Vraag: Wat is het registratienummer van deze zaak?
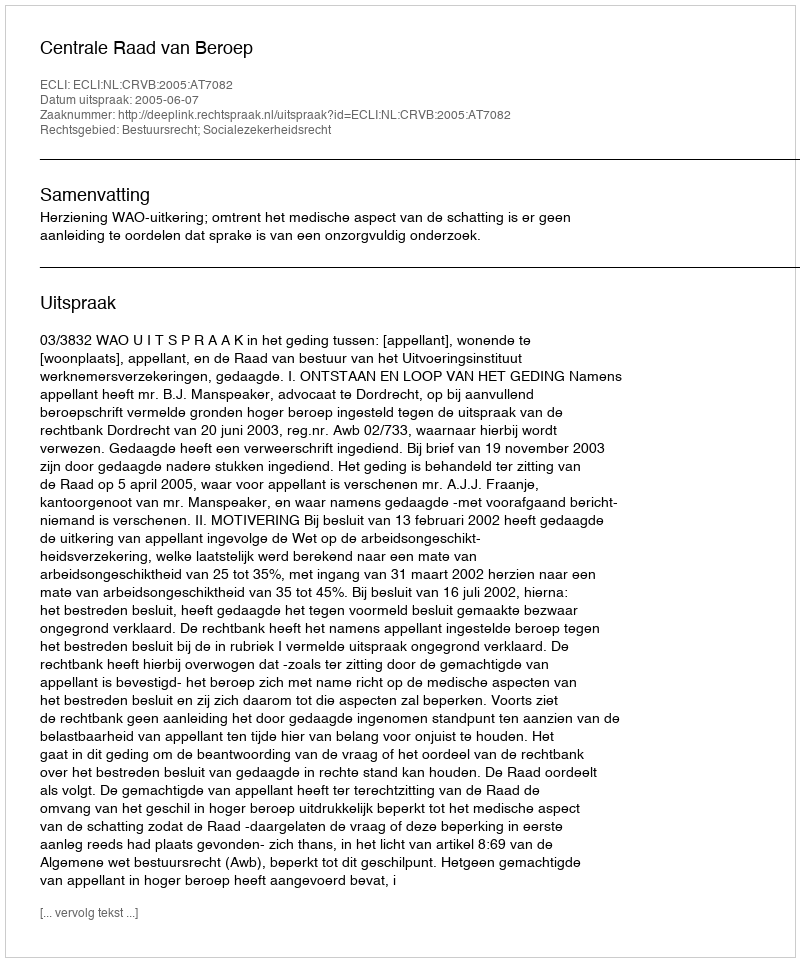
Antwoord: http://deeplink.rechtspraak.nl/uitspraak?id=ECLI:NL:CRVB:2005:AT7082